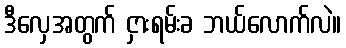
ဒီလှေအတွက် ငှားရမ်းခ ဘယ်လောက်လဲ။